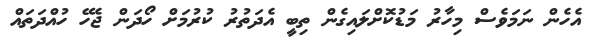
އެހެން ނަމަވެސް މިހާރު މަޑުކޮށްލައިގެން ތިބީ އެދަތުރު ކުރުމަށް ހޯދަން ޖެހޭ ހުއްދަތައް